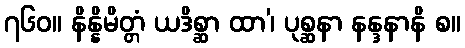
၇၆၀။ နိန္နိမိတ္တံ ယဒိစ္ဆာ ထာ’၊ ပုစ္ဆနာ နန္ဒနာနိ စ။